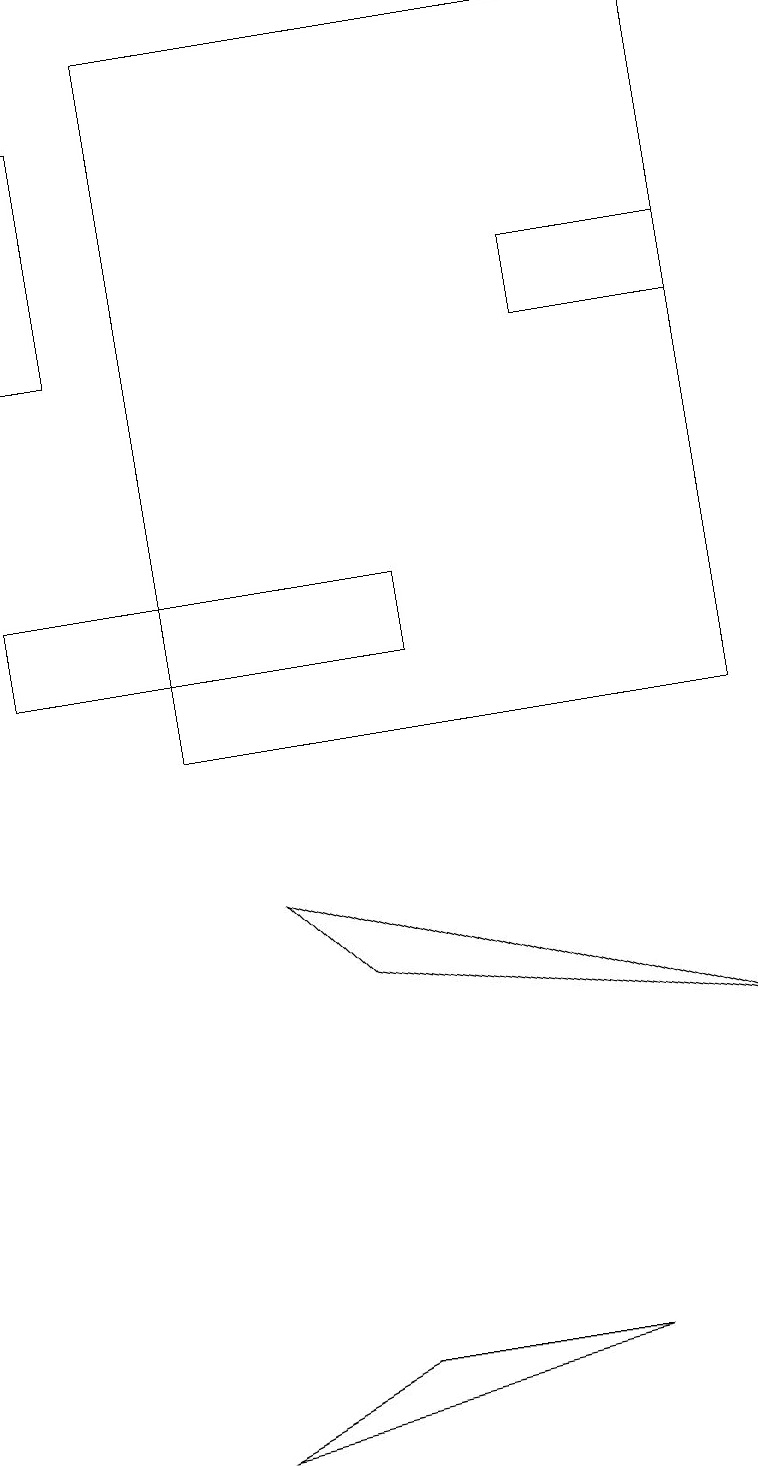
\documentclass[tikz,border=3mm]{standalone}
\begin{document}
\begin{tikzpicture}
\draw (1,18) rectangle (0,15);
\draw (7,2) -- (2,1) -- (4,2) -- cycle;
\draw (9,19) rectangle (2,10);
\draw (9,15) rectangle (7,16);
\draw (0,12) rectangle (5,11);
\draw (3,8) -- (4,7) -- (9,6) -- cycle;
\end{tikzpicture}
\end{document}